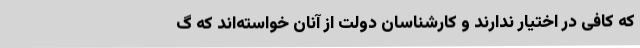
که کافی در اختیار ندارند و کارشناسان دولت از آنان خواسته‌اند که گ